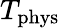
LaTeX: T_{\mathrm{phys}}